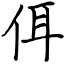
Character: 佴